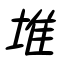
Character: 堆